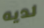
لديه